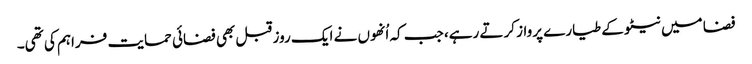
فضا میں نیٹو کے طیارے پرواز کرتے رہے، جب کہ اُنھوں نے ایک روز قبل بھی فضائی حمایت فراہم کی تھی۔